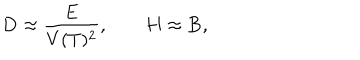
LaTeX: { \bf D } \approx \frac { \bf E } { V ( T ) ^ { 2 } } , \qquad { \bf H } \approx { \bf B } ,